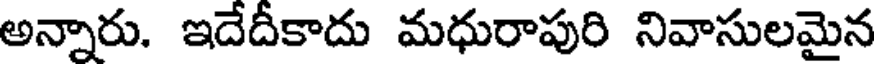
అన్నారు. ఇదేదీకాదు మధురాపురి నివాసులమైన